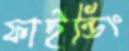
ফাইন্ডিং